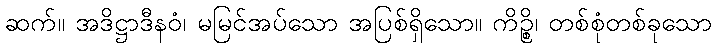
ဆက်။ အဒိဋ္ဌာဒီနဝံ၊ မမြင်အပ်သော အပြစ်ရှိသော။ ကိဉ္စိ၊ တစ်စုံတစ်ခုသော